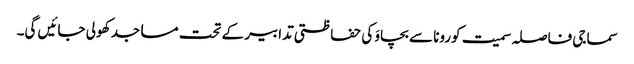
سماجی فاصلہ سمیت کورونا سے بچاوَ کی حفاظتی تدابیر کے تحت مساجد کھولی جائیں گی۔